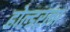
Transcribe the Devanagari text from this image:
होल्डरला